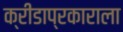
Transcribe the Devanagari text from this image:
क्रीडाप्रकाराला